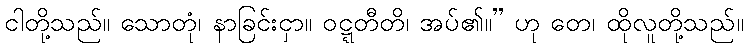
ငါတို့သည်။ သောတုံ၊ နာခြင်းငှာ။ ဝဋ္ဋတီတိ၊ အပ်၏။” ဟု တေ၊ ထိုလူတို့သည်။